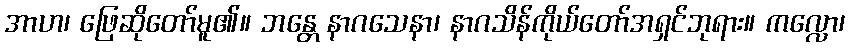
အာဟ၊ ဖြေဆိုတော်မူ၏။ ဘန္တေ နာဂသေနာ၊ နာဂသိန်ကိုယ်တော်အရှင်ဘုရား။ ကလ္လော၊